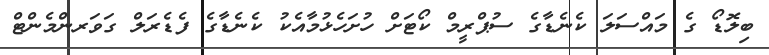
ބިލޮޑޯ ގެ މައްސަލަ ކެނެޑާގެ ސުޕްރީމް ކޯޓަށް ހުށަހެޅުމާއެކު ކެނެޑާގެ ފެޑެރަލް ގަވަރންމެންޓް